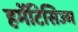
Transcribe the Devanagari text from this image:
हर्मेटिसिज्म